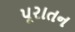
પૂરાતન